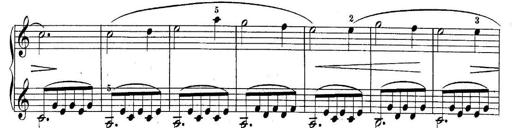
Title: 10 Sonatines progressives
Composer: Anton Schmoll